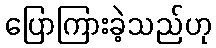
ပြောကြားခဲ့သည်ဟု